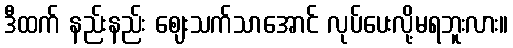
ဒီထက် နည်းနည်း ဈေးသက်သာအောင် လုပ်ပေးလို့မရဘူးလား။